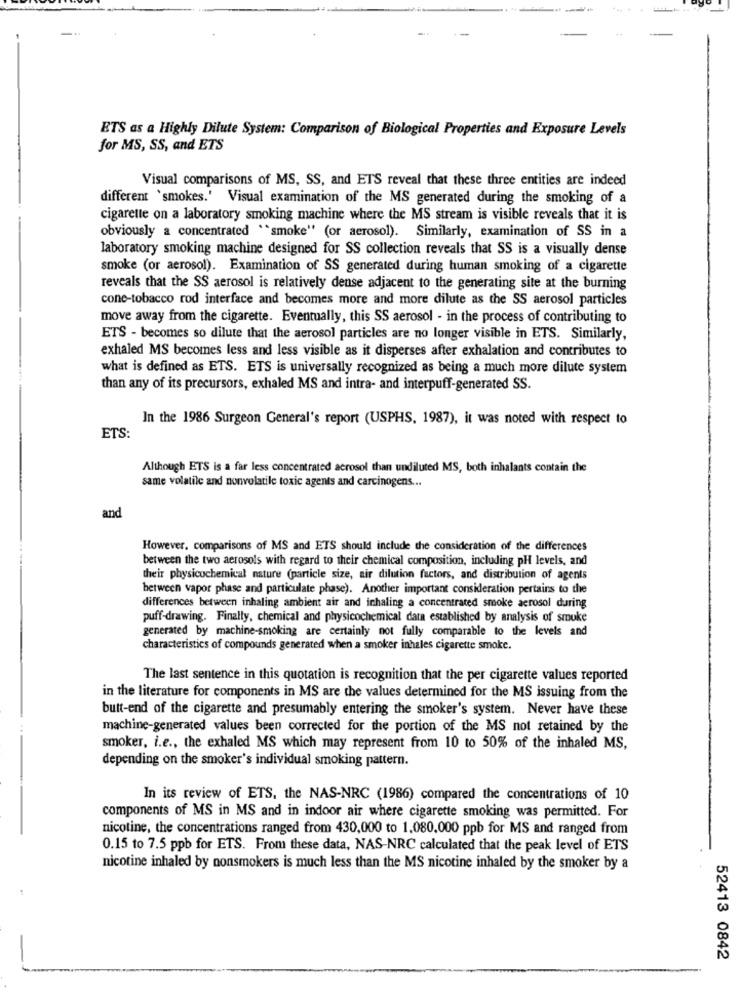
ETS as a Highly Dilute System: Comparison of Biological Properties and Exposure Levels
for MS, SS, and ETS
Visual comparisons of MS, SS, and ETS reveal that these three entities are indeed
different 'smokes.' Visual examination of the MS generated during the smoking of a
cigarette on a laboratory smoking machine where the MS stream is visible reveals that it is
obviously a concentrated ** smoke" (or aerosol). Similarly, examination of SS in a
laboratory smoking machine designed for SS collection reveals that SS is a visually dense
smoke (or aerosol). Examination of SS generated during human smoking of a cigarette
reveals that the SS aerosol is relatively dense adjacent to the generating site at the burning
cone-tobacco rod interface and becomes more and more dilute as the SS aerosol particles
move away from the cigarette. Eventually, this SS aerosol - in the process of contributing to
ETS - becomes so dilute that the aerosol particles are no longer visible in ETS. Similarly,
exhaled MS becomes less and less visible as it disperses after exhalation and contributes to
what is defined as ETS. ETS is universally recognized as being a much more dilute system
than any of its precursors, exhaled MS and intra- and interpuff-generated SS.
In the 1986 Surgeon General's report (USPHS, 1987), it was noted with respect to
ETS:
Although ETS is a far less concentrated acrosol than undiluted MS, both inhalants contain the
same volatile and nonvolatile toxic agents and carcinogens ...
and
However, comparisons of MS and ETS should include the consideration of the differences
between the two aerosols with regard to their chemical composition, including pH levels, and
their physicochemical nature (particle size, air dilution factors, and distribution of agents
between vapor phase and particulate phase). Another important consideration pertains to the
differences between inhaling ambient air and inhaling a concentrated smoke aerosol during
puff-drawing. Finally, chemical and physicochemical data established by analysis of smoke
generated by machine-smoking are certainly not fully comparable to the levels and
characteristics of compounds generated when a smoker inhales cigarette smoke.
The last sentence in this quotation is recognition that the per cigarette values reported
in the literature for components in MS are the values determined for the MS issuing from the
butt-end of the cigarette and presumably entering the smoker's system. Never have these
machine-generated values been corrected for the portion of the MS not retained by the
smoker, i.e ., the exhaled MS which may represent from 10 to 50% of the inhaled MS,
depending on the smoker's individual smoking pattern.
In its review of ETS, the NAS-NRC (1986) compared the concentrations of 10
components of MS in MS and in indoor air where cigarette smoking was permitted. For
nicotine, the concentrations ranged from 430,000 to 1,080,000 ppb for MS and ranged from
0.15 to 7.5 ppb for ETS. From these data, NAS-NRC calculated that the peak level of ETS
nicotine inhaled by nonsmokers is much less than the MS nicotine inhaled by the smoker by a
52413 0842